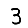
Digit: 3